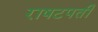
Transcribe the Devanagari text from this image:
राषटपती